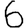
Digit: 6